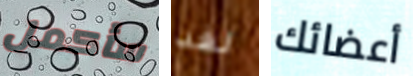
سأكمل لقد أعضائك